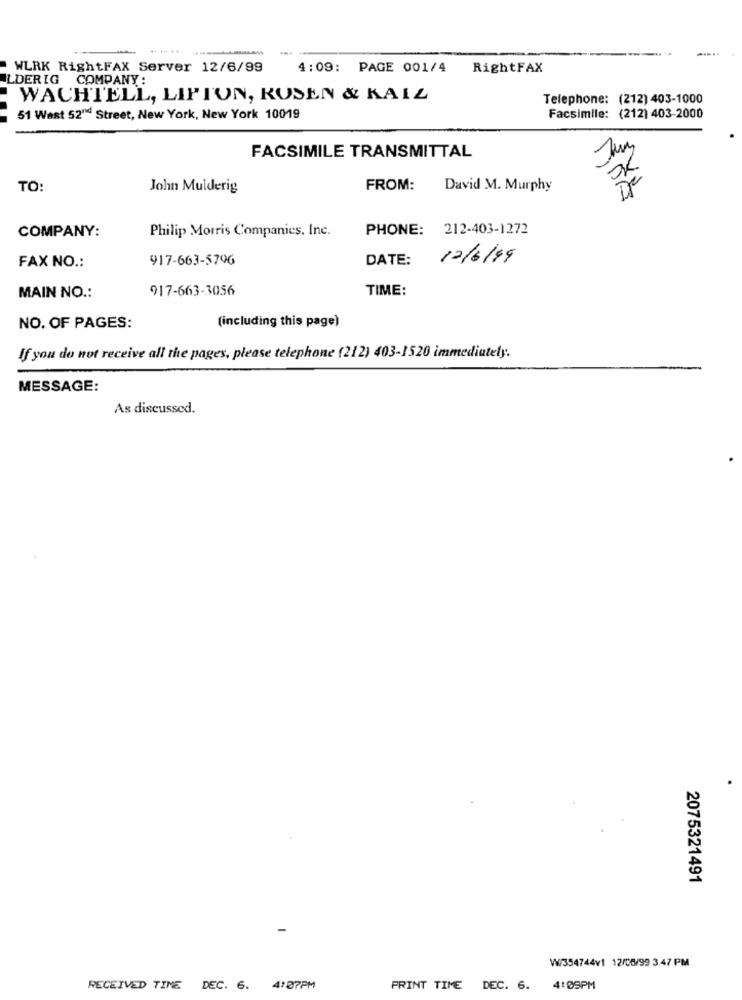
WLRK RightFAX Server 12/6/99
4:09: PAGE 001/4 RightFAX
ILDERIG COMPANY:
WACHTELL, LIPTON, ROSEN & KALL
Telephone: (212) 403-1000
51 Wast 52" Street, New York, New York 10019
Facsimile: (212) 403-2000
FACSIMILE TRANSMITTAL
TO:
John Mulderig
FROM:
David M. Murphy
COMPANY:
Philip Morris Companies, Inc.
PHONE: 212-403-1272
917-663-5796
DATE:
12/6/99
FAX NO .:
917-663-3056
TIME:
MAIN NO .:
(including this page)
NO. OF PAGES:
If you do not receive all the pages, please telephone (212) 403-1520 immediately.
MESSAGE:
As discussed.
2075321491
W/354744v1 12/06/99 3.47 PM
RECEIVED TINE DEC. 6. 4:07PM
PRINT TIME DEC. 6. 4:09PM